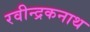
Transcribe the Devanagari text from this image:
रवीन्द्रकनाथ